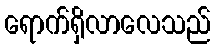
ရောက်ရှိလာလေသည်